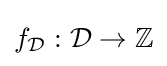
f_{\mathcal {D}}:{\mathcal {D}}\rightarrow \mathbb {Z}